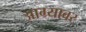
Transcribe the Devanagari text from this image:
आग्र्यावर